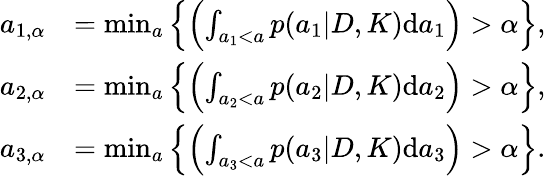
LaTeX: \begin{array}{rl}{a_{1,\alpha}}&{=\operatorname*{min}_{a}\left\{ \left(\int_{a_{1}<a}p(a_{1}|D,K)\textup{d}a_{1}\right)>\alpha\right\} ,}\\ {a_{2,\alpha}}&{=\operatorname*{min}_{a}\left\{ \left(\int_{a_{2}<a}p(a_{2}|D,K)\textup{d}a_{2}\right)>\alpha\right\} ,}\\ {a_{3,\alpha}}&{=\operatorname*{min}_{a}\left\{ \left(\int_{a_{3}<a}p(a_{3}|D,K)\textup{d}a_{3}\right)>\alpha\right\} .}\end{array}